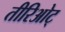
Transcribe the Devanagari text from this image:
तीरिओट्